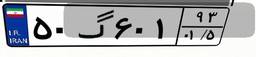
۱۱گ۹۲۳۹۵